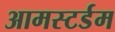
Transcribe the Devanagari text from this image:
आमस्टर्डम